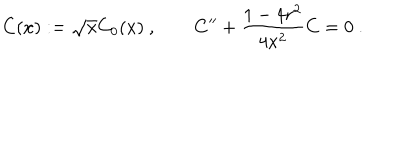
C ( x ) : = \sqrt { x } C _ { 0 } ( x ) ~ , \qquad C ^ { \prime \prime } + \frac { 1 - 4 r ^ { 2 } } { 4 x ^ { 2 } } C = 0 ~ .